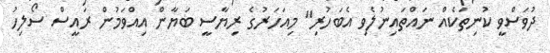
ދުވަސްވީ ކުނިތަކެއް ނައްތައިނުލެވި އެބަހުރި" މިއަހަރުގެ ރިޔާސީ ބަޔާން އިއްވަމުން ރައީސް ސޯލިހު